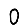
Digit: 0